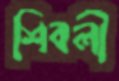
শিবলী